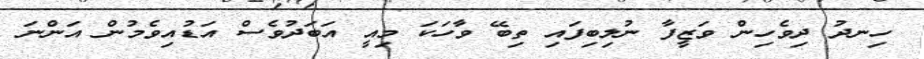
ހިނދު ދިވެހިން ވަޒީފާ ނުލިބިފައި ތިބޭ ވާހަކަ މިއީ އަބަދުވެސް އަޑުއިވެމުން އަންނަ